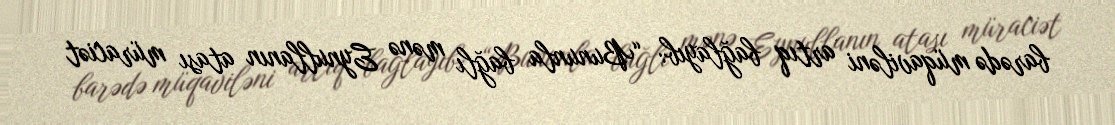
barədə müqaviləni artıq bağlayıb: “Bununla bağlı mənə Eynullanın atası müraciət